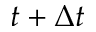
t + \Delta t